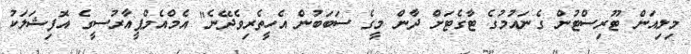
މިލިއަން ޓޫރިސްޓުން ގެނައުމުގެ ޓާގެޓަށް ދާން މީގެ ސަބަބުން އެހީތެރިވެދޭނެ" އެމްއެމްޕީއާރުސީގެ އޮފިޝަލަކު